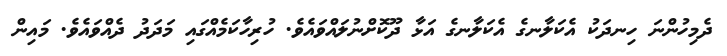
ދެމިހުންނަ ހިނދަކު އެކަލާނގެ އެކަލާނގެ އަޅާ ދޫކޮށްނުލައްވައެވެ. ހުރިހާކަމެއްގައި މަދަދު ދެއްވައެވެ. މައިން